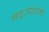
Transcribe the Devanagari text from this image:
बहुउद्द्यमी